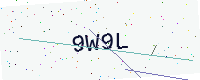
Text: 9W9L